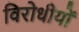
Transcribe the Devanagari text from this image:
विरोधीयों